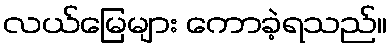
လယ်မြေများ ကောခဲ့ရသည်။